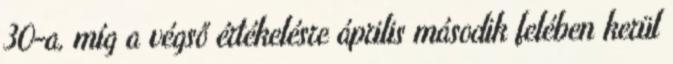
30-a, míg a végső értékelésre április második felében kerül